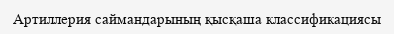
Артиллерия саймандарының қысқаша классификациясы